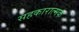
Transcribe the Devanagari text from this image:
सहकारात्मक